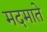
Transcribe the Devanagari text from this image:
मदमाते